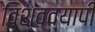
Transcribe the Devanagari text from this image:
विश्‍वव्‍यापी